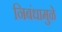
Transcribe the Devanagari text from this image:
निबंधामुळे